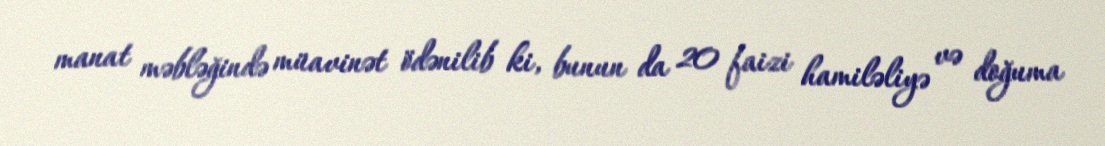
manat məbləğində müavinət ödənilib ki, bunun da 20 faizi hamiləliyə və doğuma